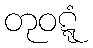
တုဝဋ္ဋံ